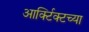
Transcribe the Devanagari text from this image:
आर्क्टिक्टच्या